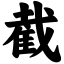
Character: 截